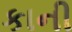
કાની